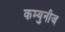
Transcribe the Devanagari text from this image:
कम्युनीज